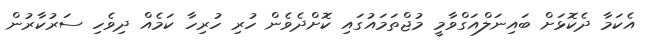
އެކަމާ ދެކޮޅަށް ބައިނަލްއަގްވާމީ މުޖްތަމައުގައި ކޮށްދެވެން ހުރި ހުރިހާ ކަމެއް ދިވެހި ސަރުކާރުން